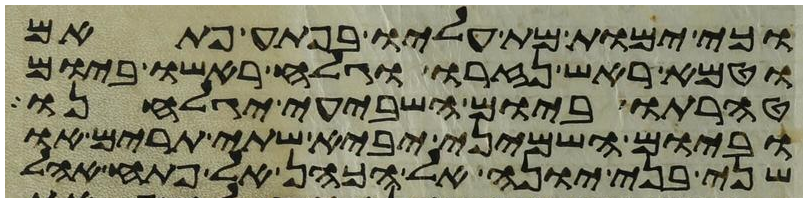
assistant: וכי ימות מת עליו בפתע פתאם
וטמא ראש נזרו וגלח ראשו ביום
טהרתו ביום השביעי יגלחנו
וביום השמיני יביא שתי תרים או
שני בני יונה אל הכהן אל פתח אהל